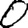
Digit: 0